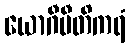
ယောဂီပီတိကရံ